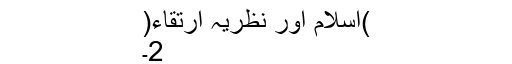
)اسلام اور نظریہ ارتقاء(
2۔